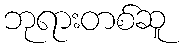
ဘုရားတစ်ဆူ